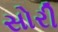
સોરી